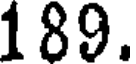
189.